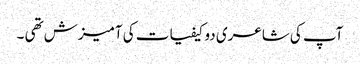
آپ کی شاعری دو کیفیات کی آمیزش تھی ۔